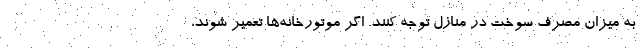
به میزان مصرف سوخت در منازل توجه کنند. اگر موتورخانه‌ها تعمیر شوند،